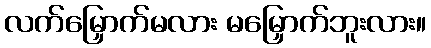
လက်မြှောက်မလား မမြှောက်ဘူးလား။